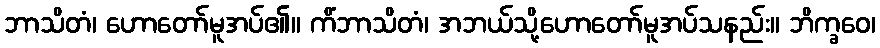
ဘာသိတံ၊ ဟောတော်မူအပ်၏။ ကိံဘာသိတံ၊ အဘယ်သို့ဟောတော်မူအပ်သနည်း။ ဘိက္ခဝေ၊